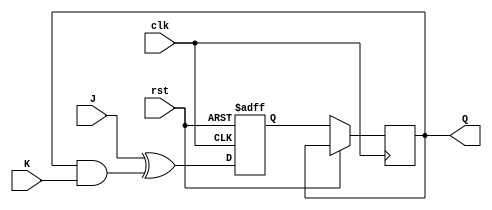
module jk_ff (
    input wire clk,
    input wire rst,
    input wire J,
    input wire K,
    output reg Q
);

reg D;

always @(posedge clk or posedge rst) begin
    if (rst) begin
        D <= 1'b0;
    end else begin
        D <= J ^ (Q & K);
    end
end

always @(negedge clk) begin
    if (!rst) begin
        Q <= D;
    end
end

endmodule